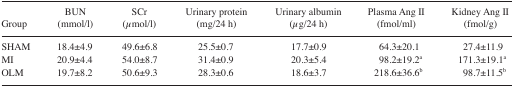
<table><thead><tr><td><b>Group</b></td><td><b>BUN (mmol/l)</b></td><td><b>SCr (μmol/l)</b></td><td><b>Urinary protein (mg/24 h)</b></td><td><b>Urinary albumin (μg/24 h)</b></td><td><b>Plasma Ang II (fmol/ml)</b></td><td><b>Kidney Ang II (fmol/g)</b></td></tr></thead><tbody><tr><td>SHAM</td><td>18.4±4.9</td><td>49.6±6.8</td><td>25.5±0.7</td><td>17.7±0.9</td><td>64.3±20.1</td><td>27.4±11.9</td></tr><tr><td>MI</td><td>20.9±4.4</td><td>54.0±8.7</td><td>31.4±0.9</td><td>20.3±5.4</td><td>98.2±19.2a</td><td>171.3±19.1a</td></tr><tr><td>OLM</td><td>19.7±8.2</td><td>50.6±9.3</td><td>28.3±0.6</td><td>18.6±3.7</td><td>218.6±36.6b</td><td>98.7±11.5b</td></tr></tbody></table>